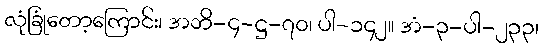
လုံခြုံတော့ကြောင်း၊ အဘိ-၄-ဋ္ဌ-၇၀၊ ပါ-၁၄၂။ အံ-၃-ပါ-၂၃၃၊